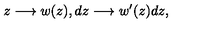
z \longrightarrow w ( z ) , d z \longrightarrow w ^ { \prime } ( z ) d z ,